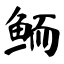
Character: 鲕